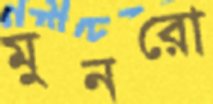
মুনরো